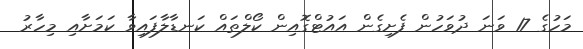
މަހުގެ 17 ވަނަ ދުވަހުން ފެށިގެން އައުޓްގޮއިން ކޯލްތައް ކަނޑާލާފައިވާ ކަމަށާއި މިހާރު